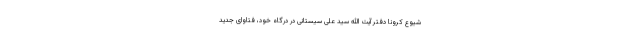
شیوع کرونا دفتر آیت الله سید علی سیستانی در درگاه خود، فتاوای جدید